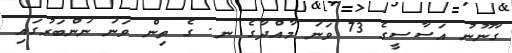
ގާނޫނު އަސާސީގެ 73 ވަނަ މާއްދާގެ ނ. ގެ ތިން ވަނަ ނަންބަރުގައި